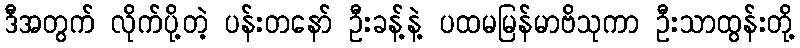
ဒီအတွက် လိုက်ပို့တဲ့ ပန်းတနော် ဦးခန့်နဲ့ ပထမမြန်မာဗိသုကာ ဦးသာထွန်းတို့